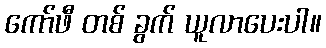
ကော်ဖီ တစ် ခွက် ယူလာပေးပါ။